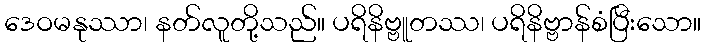
ဒေဝမနုဿာ၊ နတ်လူတို့သည်။ ပရိနိဗ္ဗူတဿ၊ ပရိနိဗ္ဗာန်စံပြီးသော။